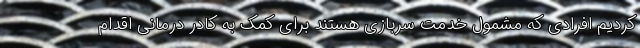
کردیم افرادی که مشمول خدمت سربازی هستند برای کمک به کادر درمانی اقدام